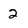
Character: 2